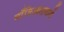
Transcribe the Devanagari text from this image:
माँत्रिआलमार्गे